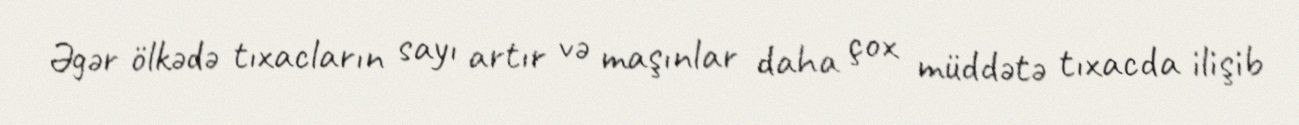
Əgər ölkədə tıxacların sayı artır və maşınlar daha çox müddətə tıxacda ilişib